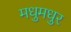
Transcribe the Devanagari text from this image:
मधुमधुर